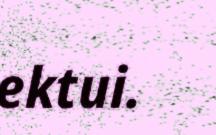
ektui.